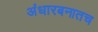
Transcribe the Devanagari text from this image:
अंधारबनातच